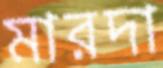
মারদা